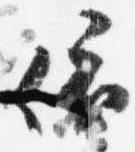
依